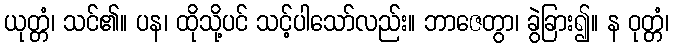
ယုတ္တံ၊ သင်၏။ ပန၊ ထိုသို့ပင် သင့်ပါသော်လည်း။ ဘာဇေတွာ၊ ခွဲခြား၍။ န ဝုတ္တံ၊